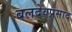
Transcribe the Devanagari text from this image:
बलदेवप्रसाद